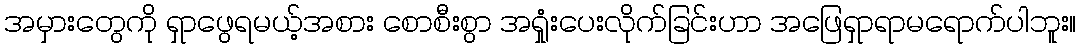
အမှားတွေကို ရှာဖွေရမယ့်အစား စောစီးစွာ အရှုံးပေးလိုက်ခြင်းဟာ အဖြေရှာရာမရောက်ပါဘူး။